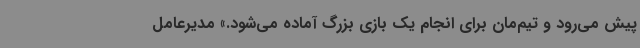
پیش می‌رود و تیم‌مان برای انجام یک بازی بزرگ آماده می‌شود.» مدیرعامل